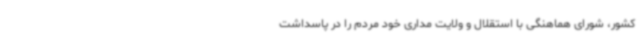
کشور، شورای هماهنگی با استقلال و ولایت مداری خود مردم را در پاسداشت